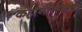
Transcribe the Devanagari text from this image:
कहानीलेखक